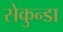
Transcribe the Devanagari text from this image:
सेकुन्डा